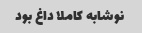
نوشابه کاملا داغ بود